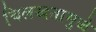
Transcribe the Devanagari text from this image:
चिलखतामुळे